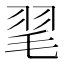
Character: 毣